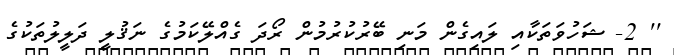
'' 2- ޝަހުވަތަކާއި ލައިގެން މަނި ބޭރުކުރުމުން ރޯދަ ގެއްލޭކަމުގެ ނަޤުލީ ދަލީލުތަކުގެ